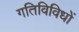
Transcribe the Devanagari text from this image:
गतिविविधों